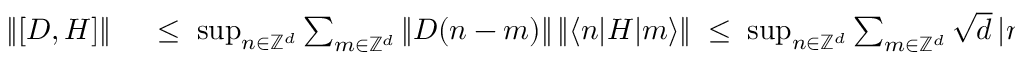
\begin{array} { r l } { \| [ D , H ] \| } & { { } \; \leq \; \operatorname* { s u p } _ { n \in { \mathbb Z } ^ { d } } \sum _ { m \in { \mathbb Z } ^ { d } } \| D ( n - m ) \| \, \| \langle n | H | m \rangle \| \; \leq \; \operatorname* { s u p } _ { n \in { \mathbb Z } ^ { d } } \sum _ { m \in { \mathbb Z } ^ { d } } \sqrt { d } \, | n - m | \, \frac { C } { 1 + | n - m | ^ { \alpha } } \; , } \end{array}